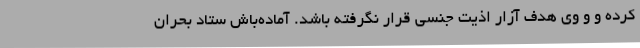
کرده و و وی هدف آزار اذیت جنسی قرار نگرفته باشد. آماده‌باش ستاد بحران